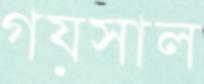
গয়সাল